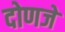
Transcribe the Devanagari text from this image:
दोणजे